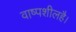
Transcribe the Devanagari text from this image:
वाष्पशीलहै।